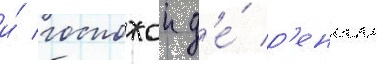
и́ госпожои д'е́ р'еналь